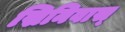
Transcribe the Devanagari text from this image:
स्रिनिवास्